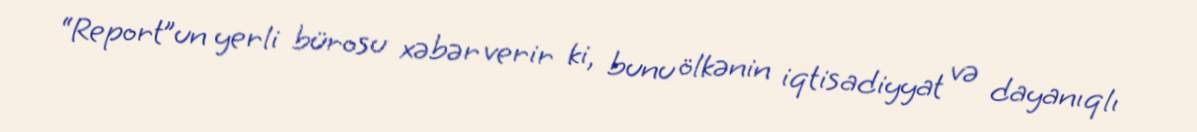
“Report”un yerli bürosu xəbər verir ki, bunu ölkənin iqtisadiyyat və dayanıqlı